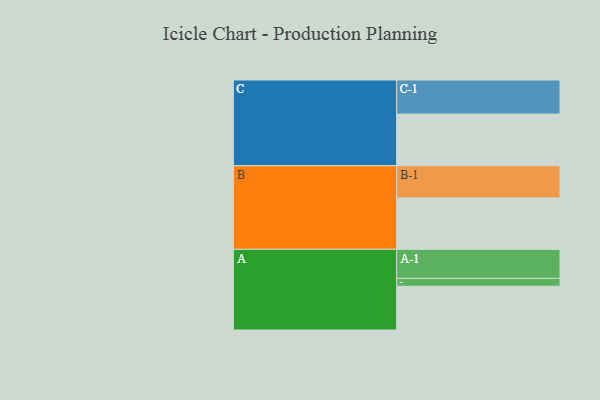
{"axis": {"x": "Segment", "y": "Value"}, "legend": ["", "A", "B", "C"], "data": [{"x": "A", "y": 372, "type": ""}, {"x": "B", "y": 437, "type": ""}, {"x": "C", "y": 439, "type": ""}, {"x": "A-1", "y": 247, "type": "A"}, {"x": "A-2", "y": 67, "type": "A"}, {"x": "B-1", "y": 274, "type": "B"}, {"x": "C-1", "y": 290, "type": "C"}]}